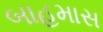
બાહમાસ